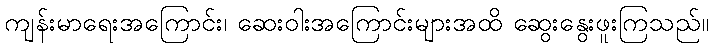
ကျန်းမာရေးအကြောင်း၊ ဆေးဝါးအကြောင်းများအထိ ဆွေးနွေးဖူးကြသည်။